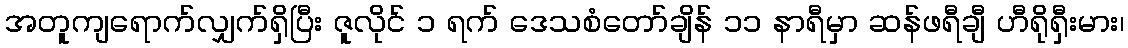
အတူကျရောက်လျှက်ရှိပြီး ဇူလိုင် ၁ ရက် ဒေသစံတော်ချိန် ၁၁ နာရီမှာ ဆန်ဖရီချီ ဟီရိုရှီးမား၊